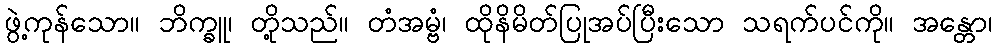
ဖွဲ့ကုန်သော။ ဘိက္ခူ၊ တို့သည်။ တံအမ္ဗံ၊ ထိုနိမိတ်ပြုအပ်ပြီးသော သရက်ပင်ကို။ အန္တော၊